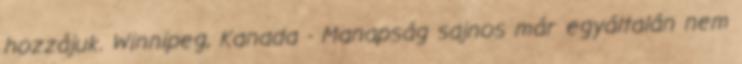
hozzájuk. Winnipeg, Kanada - Manapság sajnos már egyáltalán nem